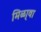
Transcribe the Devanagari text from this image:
मिळा्वा